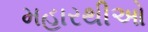
મહારથીઓ